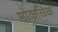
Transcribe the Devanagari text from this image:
मोकळिक